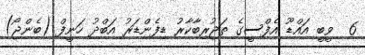
6  ވީބީ އައްޑޫ އެފްސީގެ ތަޖުރިބާކާރު ޑިފެންޑަރު އަބްދު ހަނީފް (ބެންޖޯ)